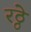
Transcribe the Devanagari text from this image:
रठ्ठे